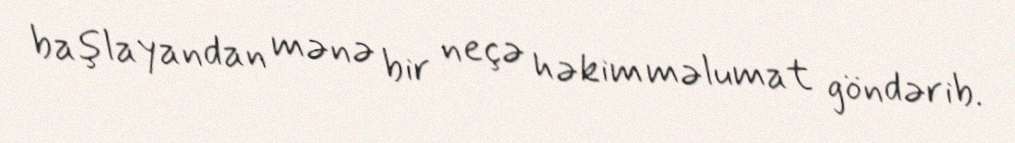
başlayandan mənə bir neçə həkim məlumat göndərib.